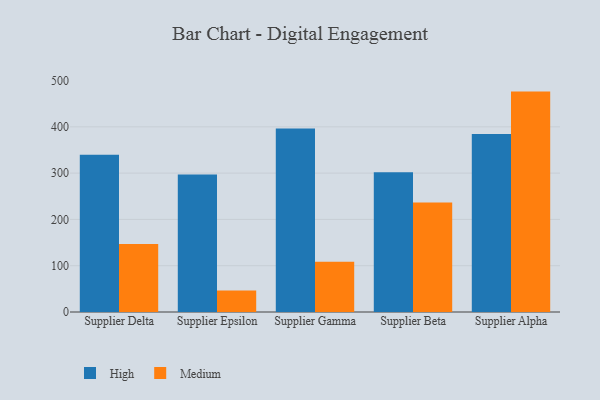
{"axis": {"x": "Supplier", "y": "Inventory Turnover"}, "legend": ["High", "Medium"], "data": [{"x": "Supplier Delta", "y": 339.7, "type": "High"}, {"x": "Supplier Delta", "y": 147.1, "type": "Medium"}, {"x": "Supplier Epsilon", "y": 297.2, "type": "High"}, {"x": "Supplier Epsilon", "y": 46.7, "type": "Medium"}, {"x": "Supplier Gamma", "y": 396.6, "type": "High"}, {"x": "Supplier Gamma", "y": 108.7, "type": "Medium"}, {"x": "Supplier Beta", "y": 301.9, "type": "High"}, {"x": "Supplier Beta", "y": 236.5, "type": "Medium"}, {"x": "Supplier Alpha", "y": 384.3, "type": "High"}, {"x": "Supplier Alpha", "y": 476.1, "type": "Medium"}]}